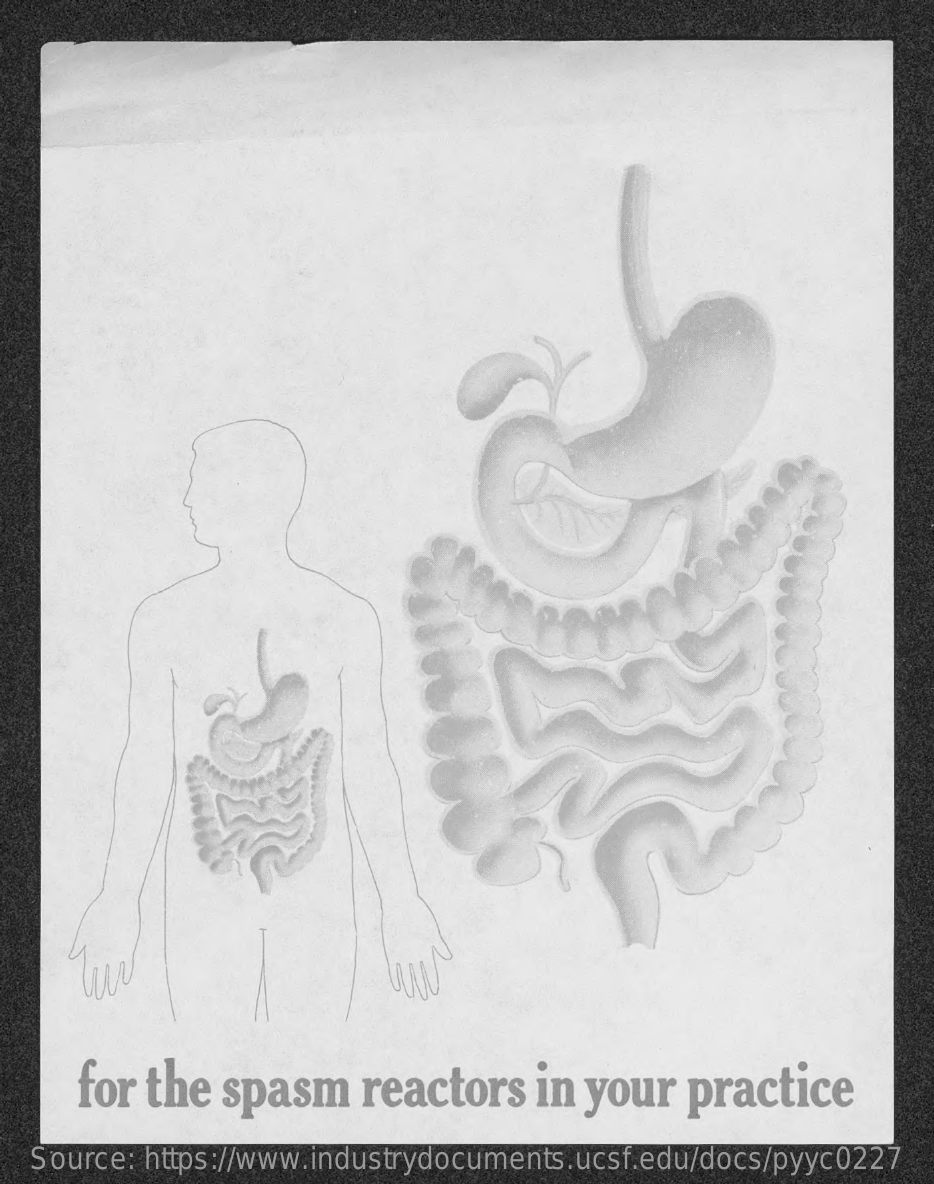
for the  spasm    reactors    in your    practice
   Source: https://www.industrydocuments.ucsf.edu/docs/pyyc0227